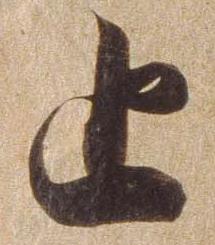
止